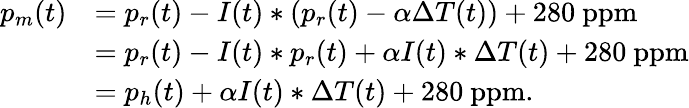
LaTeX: \begin{array}{rl}{p_{m}(t)}&{=p_{r}(t)-I(t)\ast(p_{r}(t)-\alpha\Delta T(t))+280~\mathrm{ppm}}\\ &{=p_{r}(t)-I(t)\ast p_{r}(t)+\alpha I(t)\ast\Delta T(t)+280~\mathrm{ppm}}\\ &{=p_{h}(t)+\alpha I(t)\ast\Delta T(t)+280~\mathrm{ppm}.}\end{array}